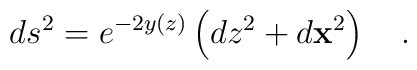
ds^2 = e^{-2y(z)} \left( dz^2 + d{\bf x}^2 \right)\quad.